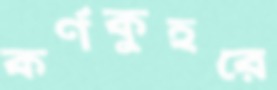
কর্ণকুহরে